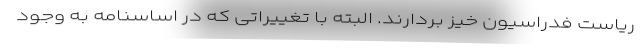
ریاست فدراسیون خیز بردارند. البته با تغییراتی که در اساسنامه به وجود